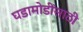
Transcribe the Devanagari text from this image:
घडामोडींसाठी